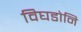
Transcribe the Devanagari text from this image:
विघडोनि